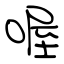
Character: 喔